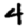
Digit: 4